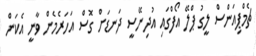
ޗެމްޕިއަންސް ލީގު ޕްލޭ އޯފްގައި އުދިނޭސީ ދަނޑަށް ގޮސް އަހަރެމެން ވާނީ އެކަން